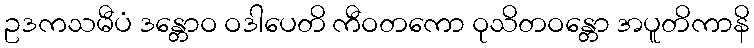
ဥဒကသမီပံ ဒန္တောဝ ဝဒါပေတိ ကီဝတကော ဝုသိတဝန္တော အပူတိကာနိ